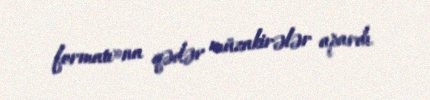
formatı»na qədər müzakirələr apardı.